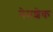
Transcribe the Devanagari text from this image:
नेमशेक